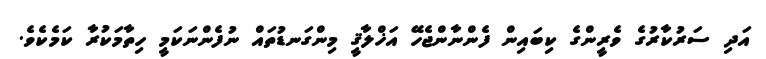
އަދި ސަރުކާރުގެ ވެރީންގެ ކިބައިން ފެންނާންޖެހޭ އަޚްލާޤީ މިންގަނޑުތައް ނުފެންނަކަމީ ހިތާމަކުރާ ކަމެކެވެ.